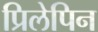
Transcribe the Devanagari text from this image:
प्रिलेपिन